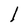
Character: l